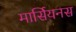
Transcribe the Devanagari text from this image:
मार्सियनस